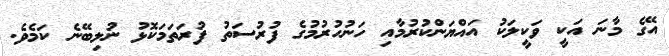
އޭގެ މާނަ އަކީ ވަކީލަކު އައްޔަންކުރުމާއި ހަނުހުރުމުގެ ފުރުސަތު ފުރަތަމަކޮޅު ނުލިބޭނެ ކަމެވެ.